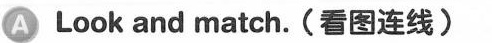
A Look and match. (看图连线)